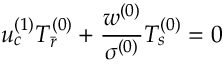
u _ { c } ^ { ( 1 ) } T _ { \bar { r } } ^ { ( 0 ) } + \frac { w ^ { ( 0 ) } } { \sigma ^ { ( 0 ) } } T _ { s } ^ { ( 0 ) } = 0